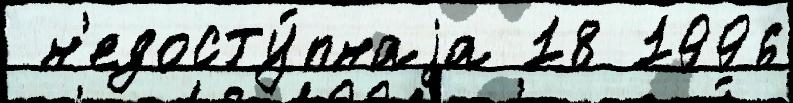
 н'едосту́пнаjа 18 1996